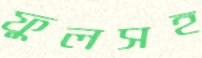
ফুলসহ